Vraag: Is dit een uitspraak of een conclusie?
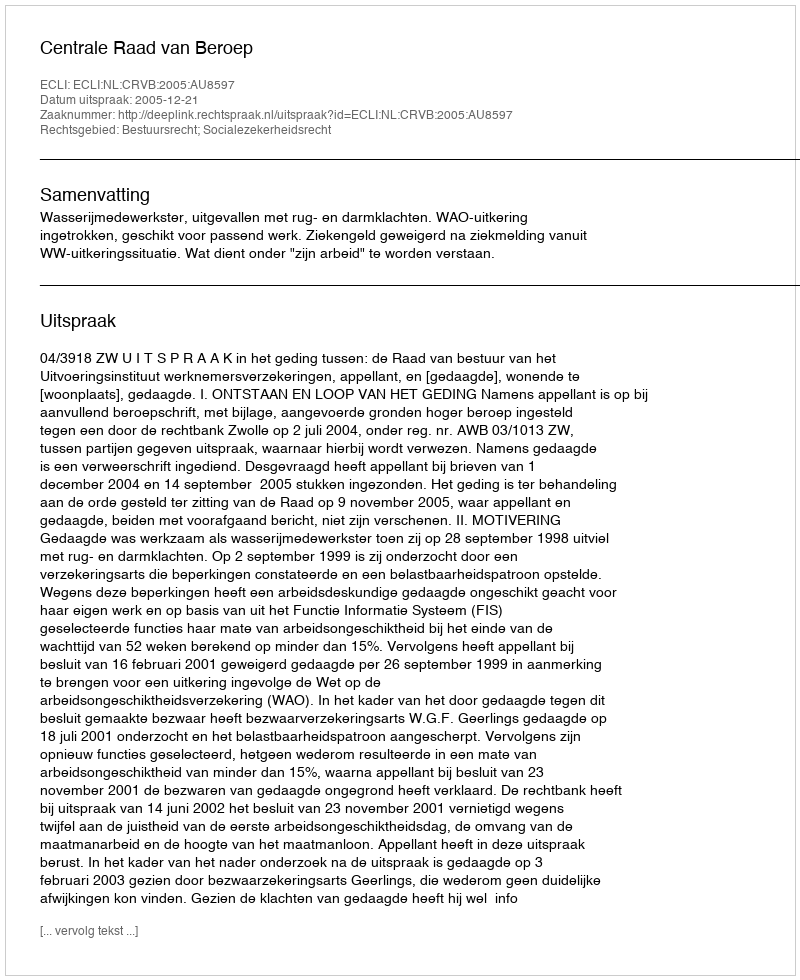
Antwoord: Uitspraak